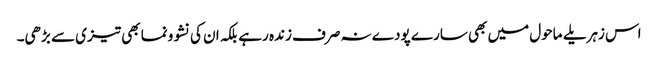
اس زہریلے ماحول میں بھی سارے پودے نہ صرف زندہ رہے بلکہ ان کی نشوونما بھی تیزی سے بڑھی۔